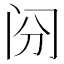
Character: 𰿪